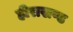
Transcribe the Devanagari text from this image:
हीराखण्ड